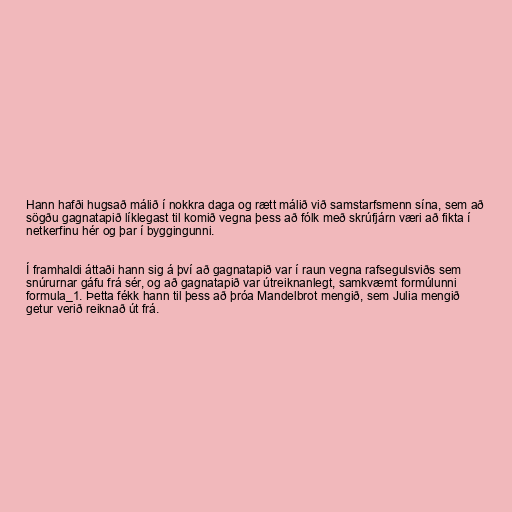
Hann hafði hugsað málið í nokkra daga og rætt málið við samstarfsmenn sína, sem að
sögðu gagnatapið líklegast til komið vegna þess að fólk með skrúfjárn væri að fikta í
netkerfinu hér og þar í byggingunni.

Í framhaldi áttaði hann sig á því að gagnatapið var í raun vegna rafsegulsviðs sem
snúrurnar gáfu frá sér, og að gagnatapið var útreiknanlegt, samkvæmt formúlunni
formula_1. Þetta fékk hann til þess að þróa Mandelbrot mengið, sem Julia mengið
getur verið reiknað út frá.